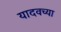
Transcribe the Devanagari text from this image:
यादवच्या